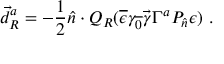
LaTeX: \vec { d } _ { R } ^ { a } = - { \frac { 1 } { 2 } } \hat { n } \cdot Q _ { R } ( \overline { { \epsilon } } \gamma _ { \overline { { { 0 } } } } \vec { \gamma } \Gamma ^ { a } P _ { \hat { n } } \epsilon ) \ .